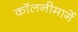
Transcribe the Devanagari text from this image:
कॉलनीमार्गे